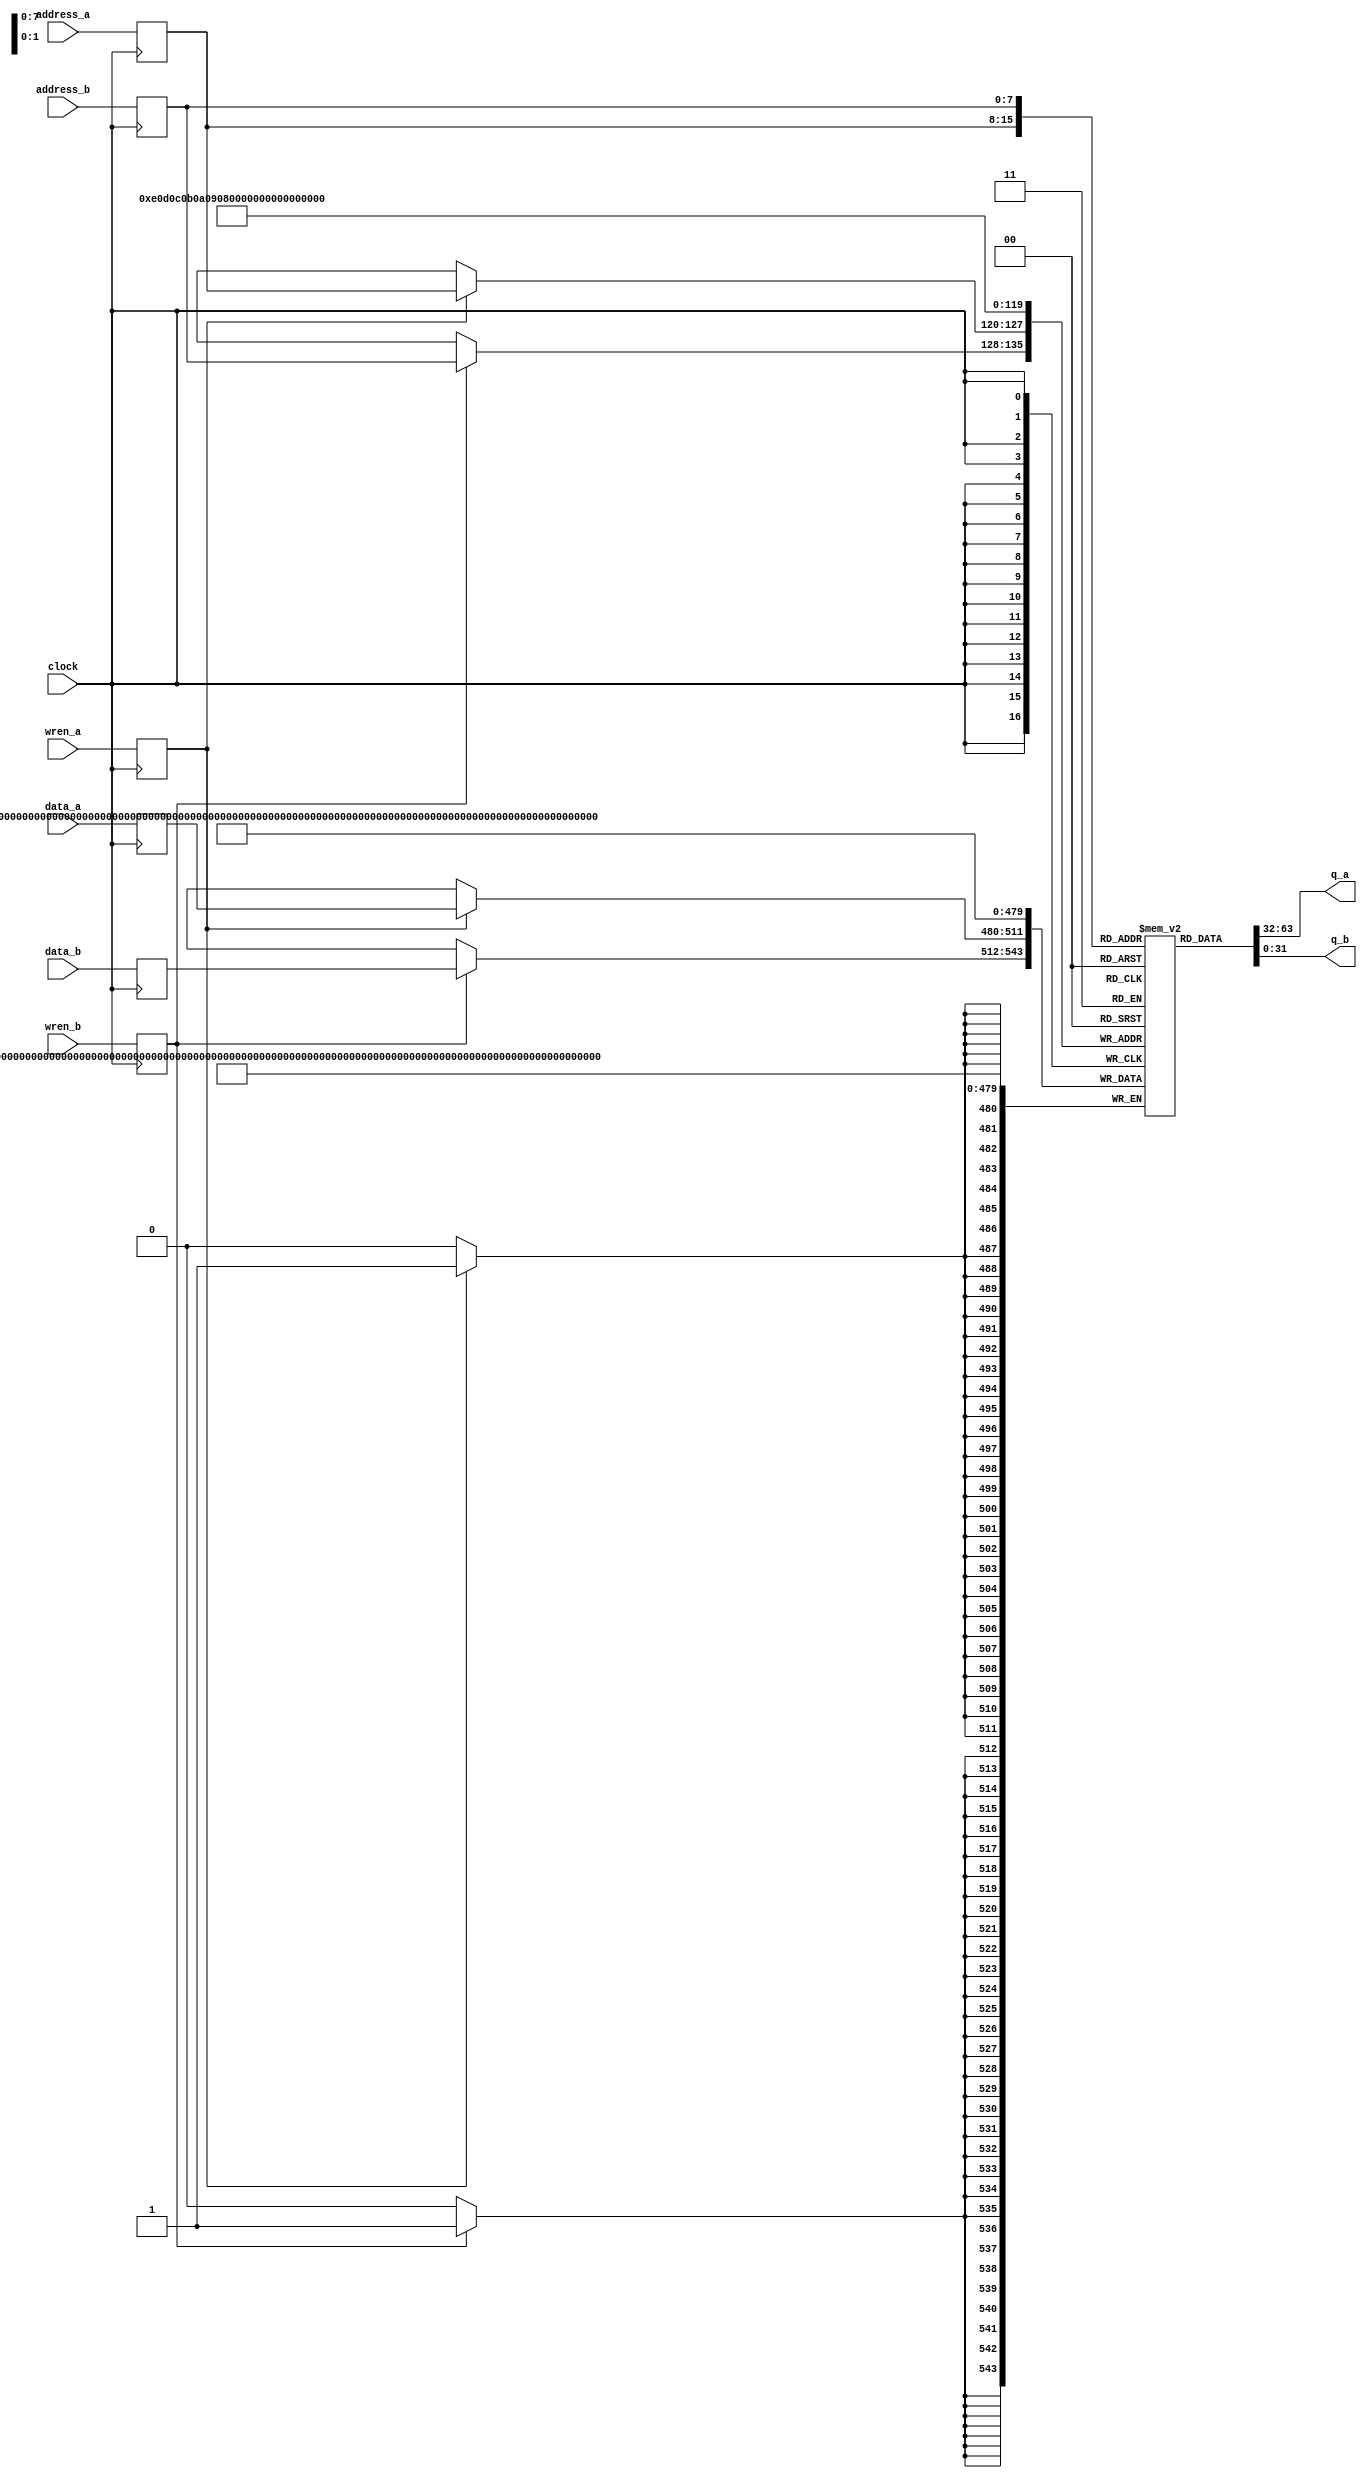
module main_memory(address_a, address_b, clock, data_a, data_b, wren_a, wren_b, q_a, q_b);
   input [7:0] address_a, address_b;
   input clock;
   input [31:0] data_a, data_b;
   input 	wren_a, wren_b;
   output [31:0] q_a, q_b;

   reg [7:0] 	 reg_address_a, reg_address_b;
   reg [31:0] 	 reg_data_a, reg_data_b;
   reg 		 reg_wren_a, reg_wren_b;
   reg [31:0] 	 memory[0:255];

   assign q_a = memory[reg_address_a];
   assign q_b = memory[reg_address_b];

   always @(posedge clock) begin
      memory[0] <= 32'h66b90100;
      memory[1] <= 32'h89486490;
      memory[2] <= 32'h66ba0900;
      memory[3] <= 32'h90519090;
      memory[4] <= 32'hffd29090;
      memory[5] <= 32'h66be0300;
      memory[6] <= 32'h39ee9090;
      memory[7] <= 32'h90741590;
      memory[8] <= 32'hf4909090;
      memory[9] <= 32'h8b586490;
      memory[10] <= 32'h66bd0200;
      memory[11] <= 32'h01dd9090;
      memory[12] <= 32'hc3909090;
      memory[13] <= 32'h905f9090;
      memory[14] <= 32'hf4909090;
 
      reg_address_a <= address_a;
      reg_address_b <= address_b;
      reg_data_a <= data_a;
      reg_data_b <= data_b;
      reg_wren_a <= wren_a;
      reg_wren_b <= wren_b;	
      
      if (reg_wren_a == 1'b1) begin
	 memory[reg_address_a] <= reg_data_a;
      end
      if (reg_wren_b == 1'b1) begin
	 memory[reg_address_b] <= reg_data_b;
      end
   end
endmodule